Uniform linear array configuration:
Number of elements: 8
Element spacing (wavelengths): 0.25
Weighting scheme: binomial
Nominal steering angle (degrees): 0
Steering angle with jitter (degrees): -1.224
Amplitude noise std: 0.05
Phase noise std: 0.05

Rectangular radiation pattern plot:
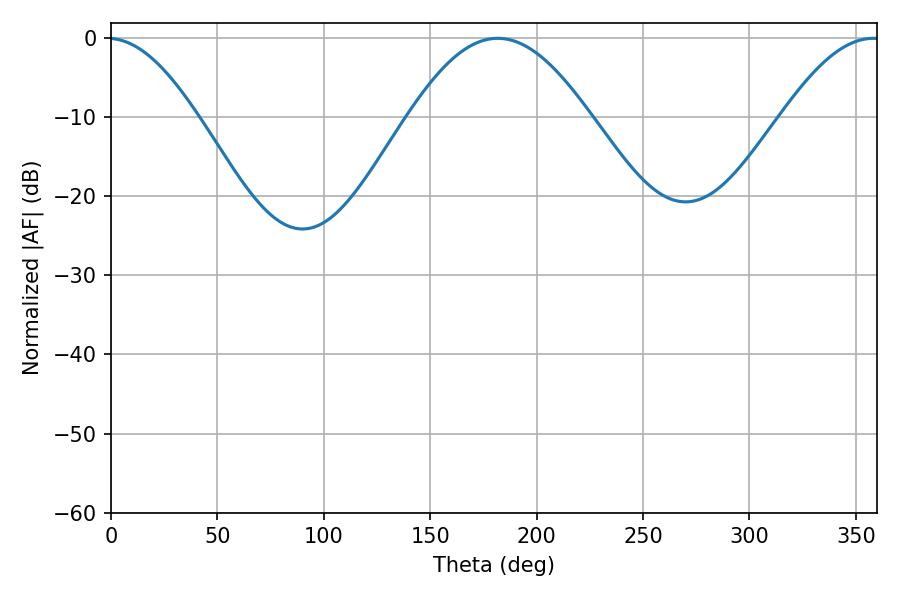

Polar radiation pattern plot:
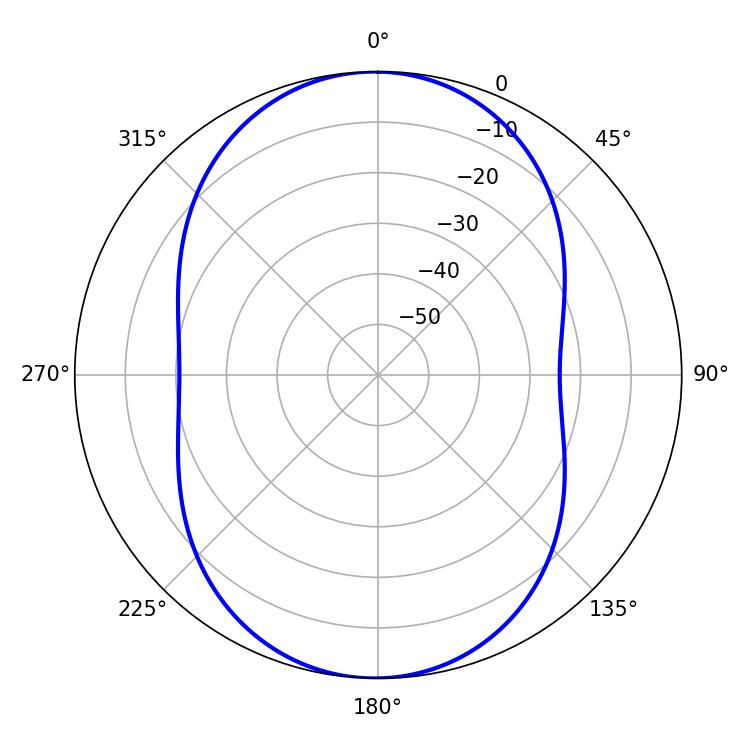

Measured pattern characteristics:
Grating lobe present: FALSE
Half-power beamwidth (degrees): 46.08
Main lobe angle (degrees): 181.8